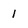
Character: 1